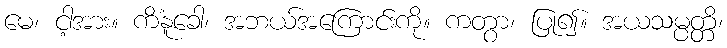
မေ၊ ငါ့အား။ ကိံနူခေါ၊ အဘယ်အကြောင်းကို။ ကတွာ၊ ပြု၍။ အယသမ္ပတ္တိ၊